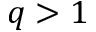
q > 1